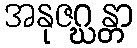
အနုဇဂ္ဃန္တာ